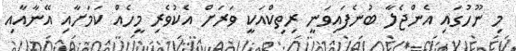
މި ނޫހުގައި އެންޖެލާ ބުނެފައިވަނީ ރިތިކްއަކީ ވަރަށް އެކުވެރި މީހެއް ކަމަށާއި އޭނާއާއި